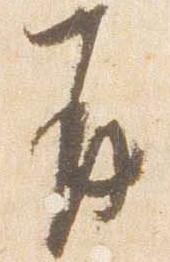
并